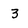
Character: 3